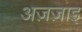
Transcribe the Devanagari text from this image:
अज़ज़ाइ